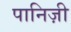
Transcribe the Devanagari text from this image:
पानिज़ी